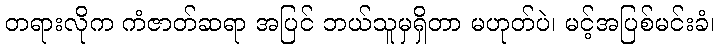
တရားလိုက ကံဇာတ်ဆရာ အပြင် ဘယ်သူမှရှိတာ မဟုတ်ပဲ၊ မင့်အပြစ်မင်းခံ၊